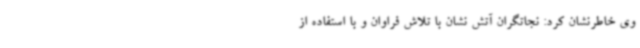
وی خاطرنشان کرد: نجاتگران آتش نشان با تلاش فراوان و با استفاده از